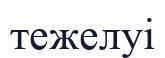
тежелуі